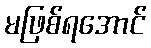
မဖြစ်ရအောင်